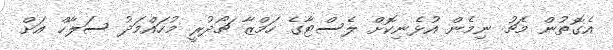
އެގޮތުން މެޗު ނިމެން އުޅެނިކޮށް ލެސްޓާގެ ހަމްޒާ ޗޯދުރީ މުހައްމަދު ސަލާހް އަށް